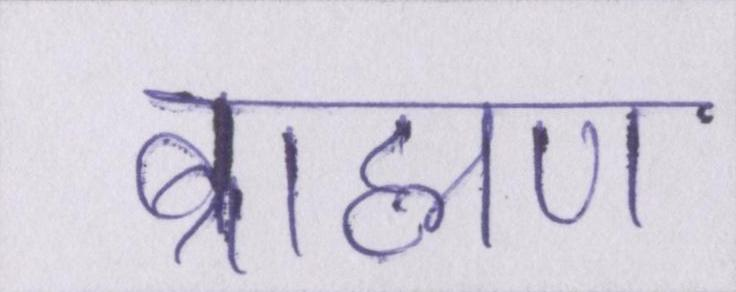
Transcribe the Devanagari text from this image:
ब्राह्मण